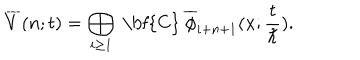
\overline { { { V } } } ( n ; t ) = \bigoplus _ { i \geq 1 } \mathrm { ~ \bf { C } ~ } \overline { { { \phi } } } _ { i + n + 1 } ( x ; \frac { t } { \hbar } ) .